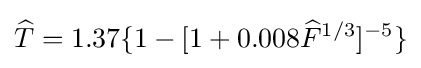
{\widehat {T}}=1.37\{1-[1+0.008{\widehat {F}}^{1/3}]^{-5}\}